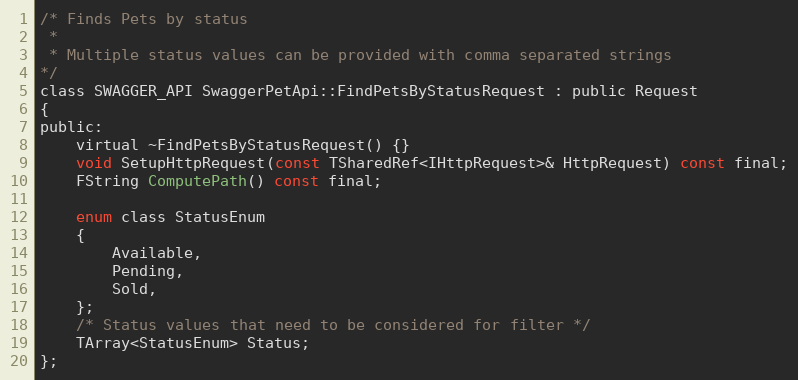
Language: C
/* Finds Pets by status
 *
 * Multiple status values can be provided with comma separated strings
*/
class SWAGGER_API SwaggerPetApi::FindPetsByStatusRequest : public Request
{
public:
    virtual ~FindPetsByStatusRequest() {}
	void SetupHttpRequest(const TSharedRef<IHttpRequest>& HttpRequest) const final;
	FString ComputePath() const final;

	enum class StatusEnum
	{
		Available,
		Pending,
		Sold,
  	};
	/* Status values that need to be considered for filter */
	TArray<StatusEnum> Status;
};